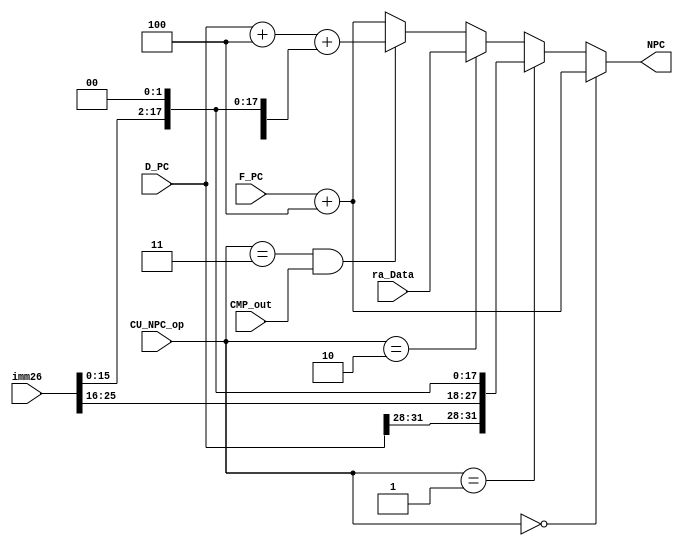
`timescale 1ns / 1ps
//-----------------------------------------------------------------------------------------------------------------
`define npcPC4    3'b000
`define npcJal    3'b001
`define npcJr     3'b010
`define npcBranch 3'b011
//--------------------------------------------------------------------------------------------------------------


//-----------------------------------------------------------------------------------------------------
module D_NPC (
    input [31:0] F_PC,
    input [31:0] D_PC,   
    input [25:0] imm26,
    input [31:0] ra_Data,
    input CMP_out,
    input [2:0] CU_NPC_op,
    output [31:0] NPC
    );
//------------------------------------------------------------------------------------------------


//select_area------------------------------------------------------------------------------------                 
    assign NPC = (CU_NPC_op == `npcPC4) ? F_PC + 4 : 
                 (CU_NPC_op == `npcJal) ? {D_PC[31:28], imm26, 2'b00} :
                 (CU_NPC_op == `npcJr)  ? ra_Data :
                 (CU_NPC_op == `npcBranch && CMP_out) ? D_PC + 4 + {{14{imm26[15]}}, imm26[15:0], 2'b00} :
                 F_PC + 4;
//------------------------------------------------------------------------------------------------

endmodule